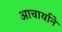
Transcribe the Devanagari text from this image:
आचार्याने